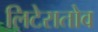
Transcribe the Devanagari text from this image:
लिटेरातोव